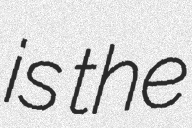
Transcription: is the